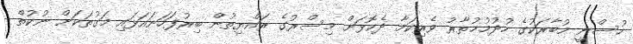
ހުސްނީ މުބާރަކުގެ ހުދުމުޚުތާރު ވެރިކަމާ ދެކޮޅަށް މިސްރުގެ ރައްޔިތުން ބިރުފަހަނައަޅައި މަގުތަކަށް ނުކުތް